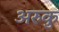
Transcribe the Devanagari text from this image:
अरुकु